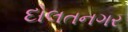
દોલતનગર